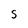
Character: S